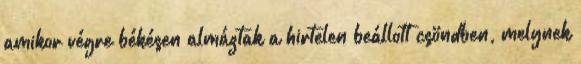
amikor végre békésen almáztak a hirtelen beállott csöndben, melynek